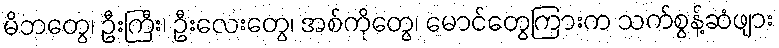
မိဘတွေ၊ ဦးကြီး၊ ဦးလေးတွေ၊ အစ်ကိုတွေ၊ မောင်တွေကြားက သက်စွန့်ဆံဖျား